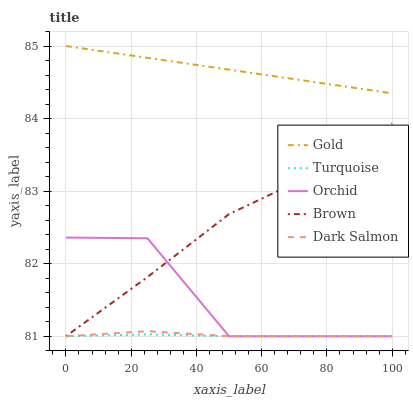
| xaxis_label | Gold | Turquoise | Orchid | Brown | Dark Salmon |
 | --- | --- | --- | --- | --- | --- |
 | 0 | 85 | 81 | 82.4 | 81 | 81 |
 | 25 | 84.8 | 81 | 82.3 | 81.8 | 81.1 |
 | 50 | 84.7 | 81 | 81 | 82.7 | 81 |
 | 75 | 84.5 | 81 | 81 | 83.2 | 81 |
 | 100 | 84.3 | 81 | 81 | 83.9 | 81 |